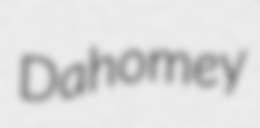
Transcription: Dahomey